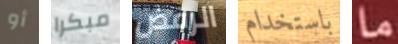
أو مبكرا الرفض باستخدام ما